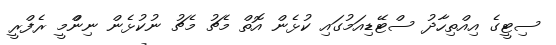
ސިޓީގެ އިއްތިހާދު ސްޓޭޑިއަމުގައި ކުޅެން އޮތް މެޗު މެޗު ނުކުޅެން ނިންްމީ ރެފްރީ